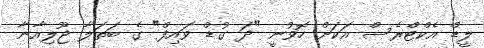
ލީޑް އެކްޓްރެސް އަކަށް ހޮވުނީ "ދަ ގުޑް ވައިފް" ގެ ބަތަލާ ޖޫލިއާނާ